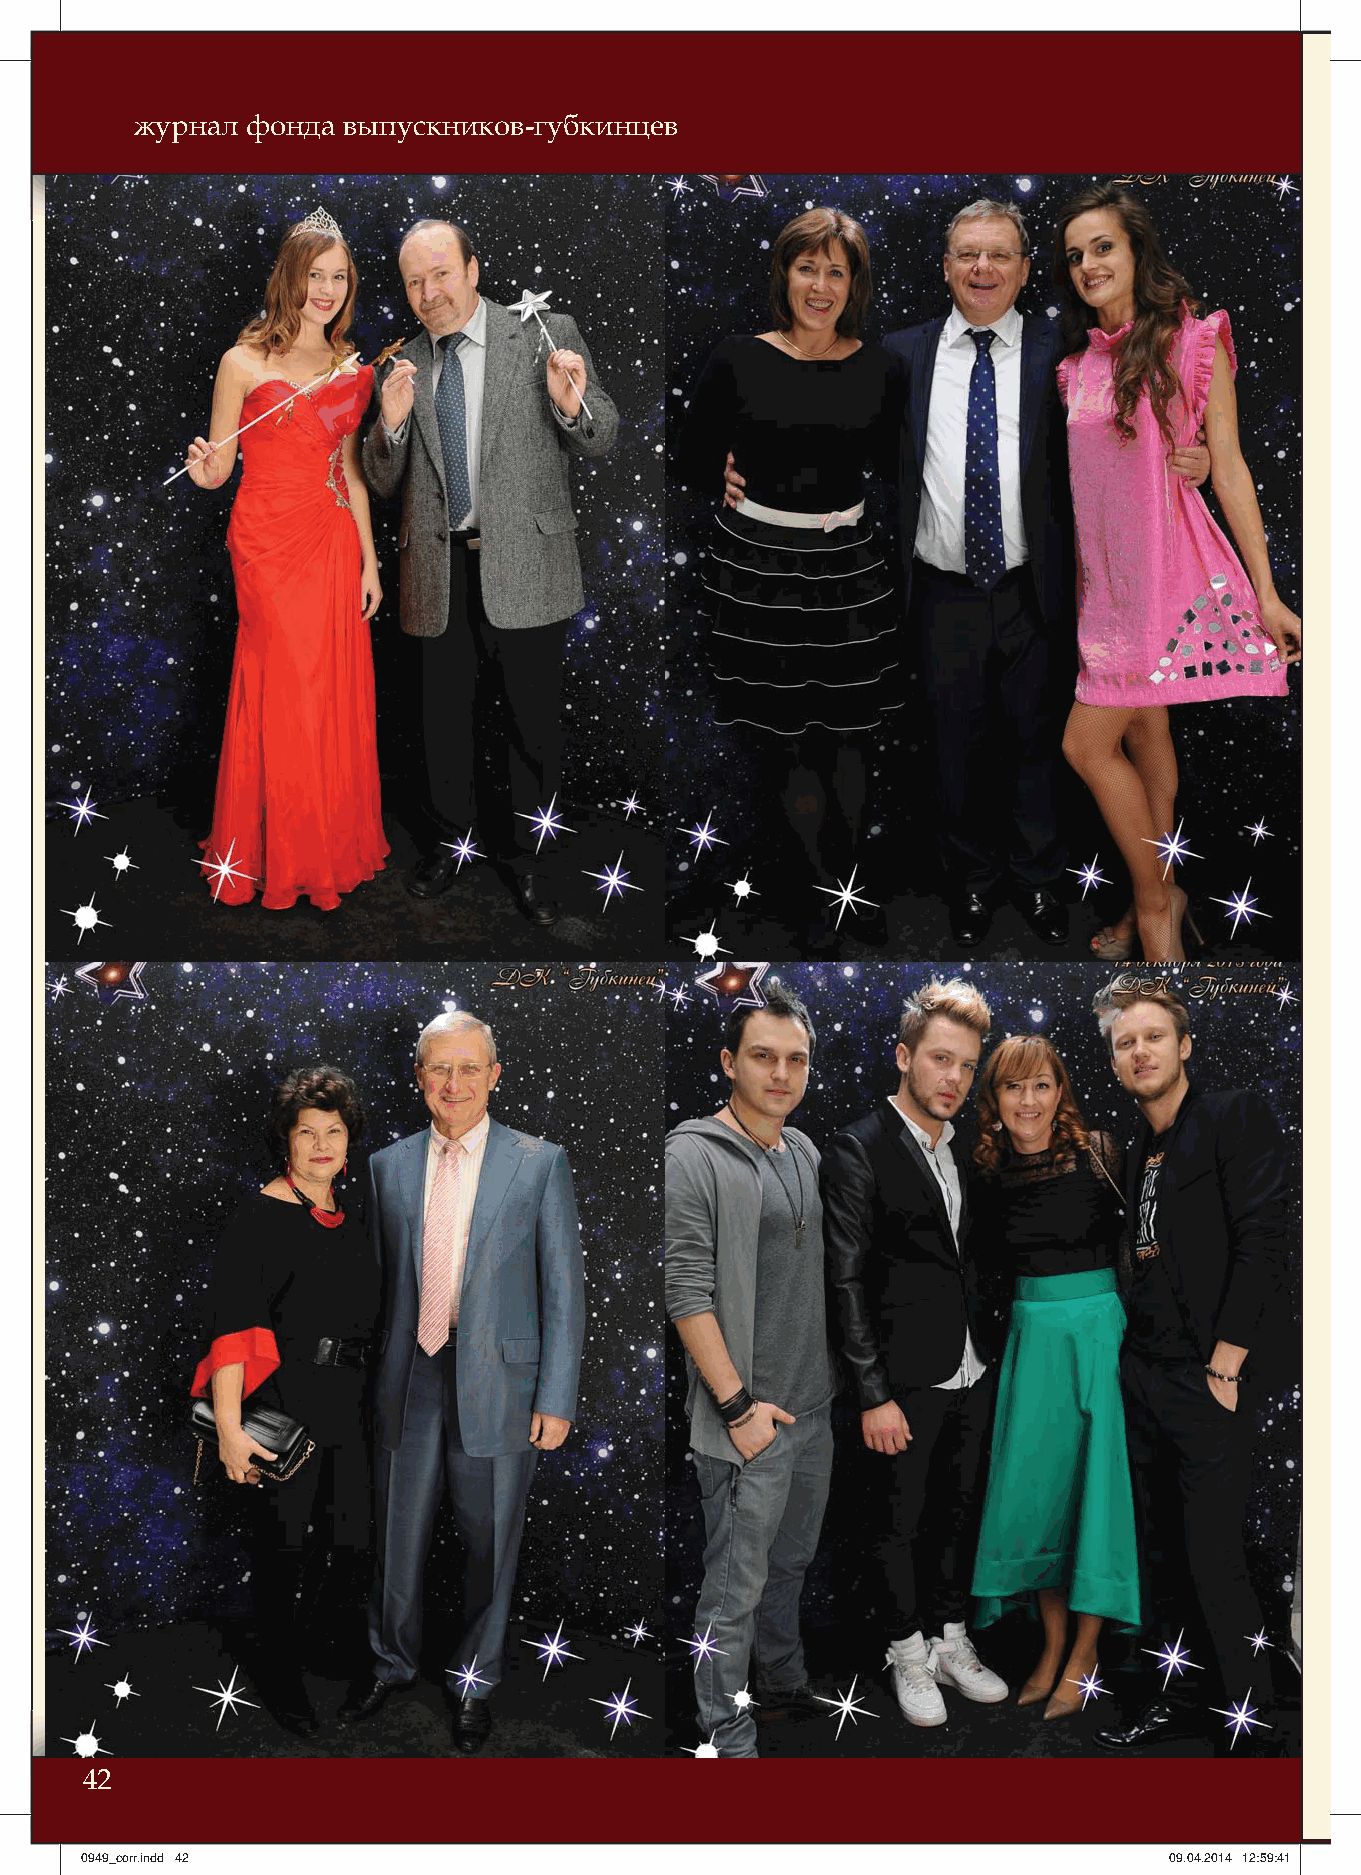
журнал фонда  выпускников-губкинцев
 42
 00994499__ccoorrrr..iinndddd 4422                                       0099..0044..22001144 1122::5599::4411